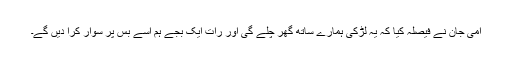
امی جان نے فیصلہ کیا کہ یہ لڑکی ہمارے ساتھ گھر چلے گی اور رات ایک بجے ہم اسے بس پر سوار کرا دیں گے۔